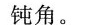
钝角。